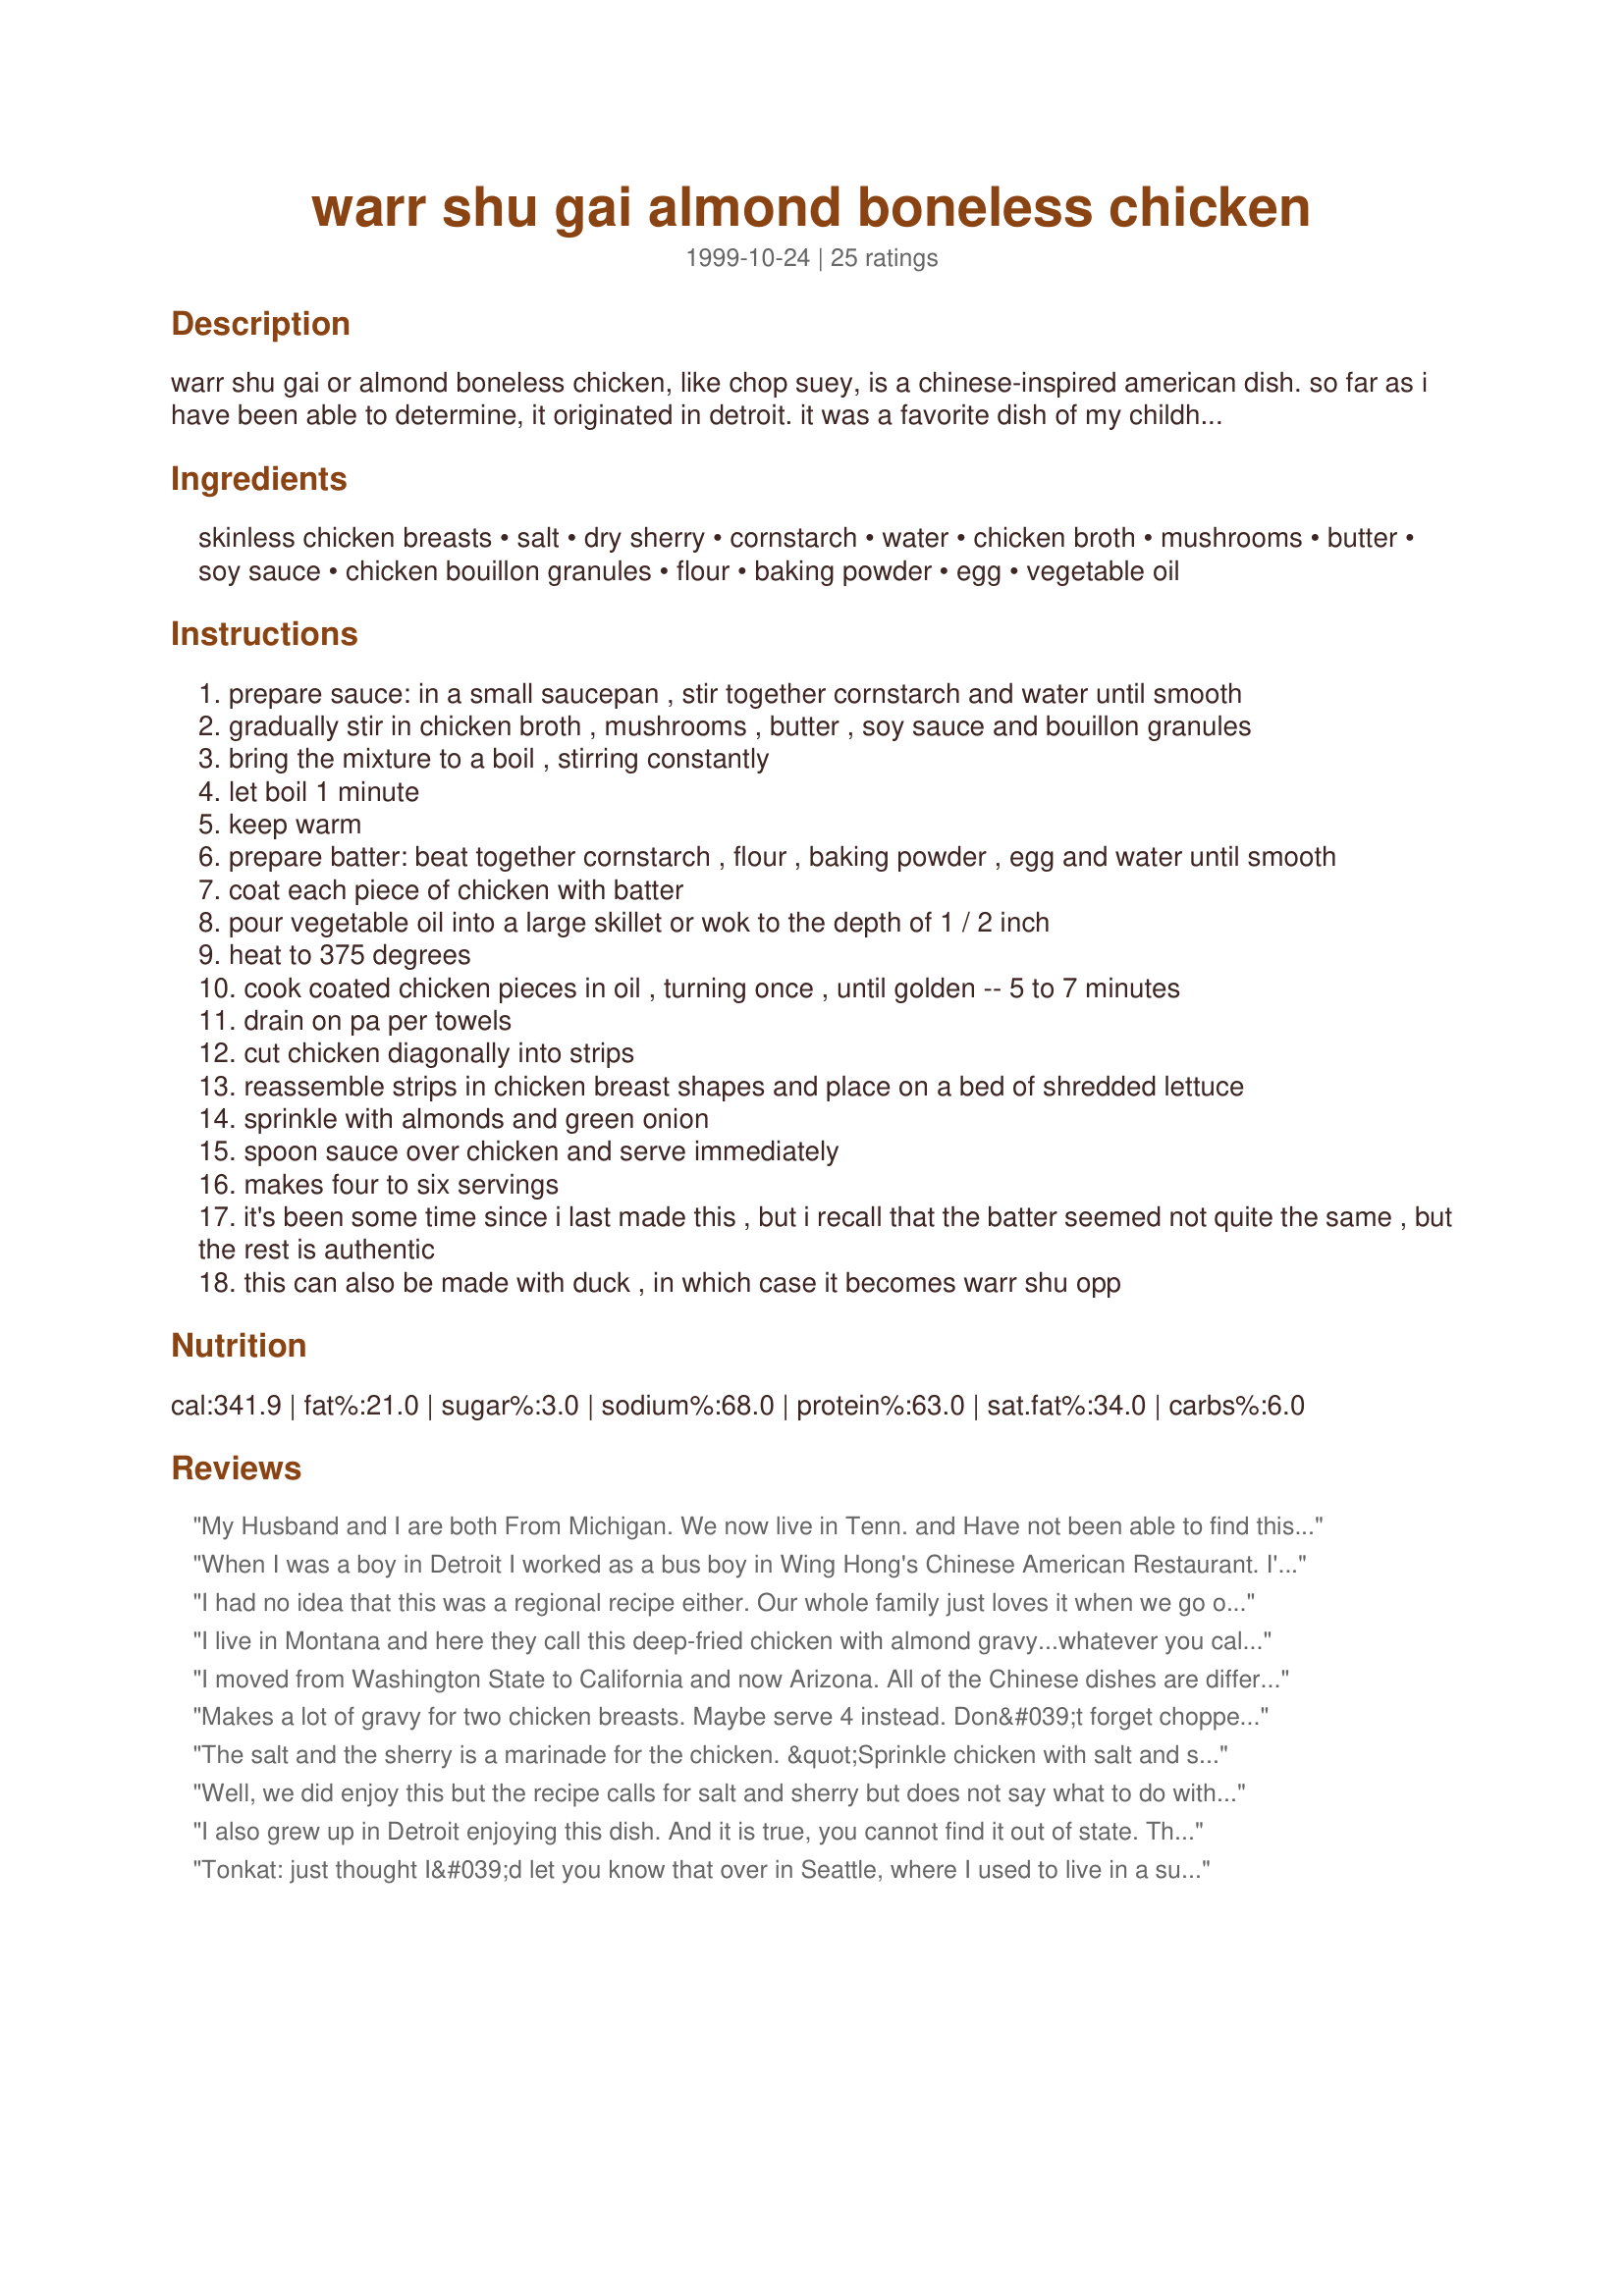
warr shu gai almond boneless chicken
Preparation time: 0 minutes

warr shu gai or almond boneless chicken, like chop suey, is a chinese-inspired american dish. so far as i have been able to determine, it originated in detroit. it was a favorite dish of my childhood there. every cantonese restaurant in the area serves it, but i've never been able to find it outside of michigan. descriptions of it to chinese restaurant personnel elsewhere have been met with blank stares.

Ingredients:
skinless chicken breasts, salt, dry sherry, cornstarch, water, chicken broth, mushrooms, butter, soy sauce, chicken bouillon granules, flour, baking powder, egg, vegetable oil

Steps:
prepare sauce: in a small saucepan , stir together cornstarch and water until smooth
gradually stir in chicken broth , mushrooms , butter , soy sauce and bouillon granules
bring the mixture to a boil , stirring constantly
let boil 1 minute
keep warm
prepare batter: beat together cornstarch , flour , baking powder , egg and water until smooth
coat each piece of chicken with batter
pour vegetable oil into a large skillet or wok to the depth of 1 / 2 inch
heat to 375 degrees
cook coated chicken pieces in oil , turning once , until golden -- 5 to 7 minutes
drain on pa per towels
cut chicken diagonally into strips
reassemble strips in chicken breast shapes and place on a bed of shredded lettuce
sprinkle with almonds and green onion
spoon sauce over chicken and serve immediately
makes four to six servings
it's been some time since i last made this , but i recall that the batter seemed not quite the same , but the rest is authentic
this can also be made with duck , in which case it becomes warr shu opp

Reviews:
My Husband and I are both From Michigan. We now live in Tenn. and Have not been able to find this sort of Almond chicken anywhere. Thanks so much for the recipe it is the closest thing we have found to it.We will be useing this in our kitchen regularly.Do you by chance have a good egg drop soup recipe?
When I was a boy in Detroit I worked as a bus boy in Wing Hong's Chinese American Restaurant. I'm sure Wingy is either very old or dead by this time but the cries of "War Sho GAI" still ring in my ears (along with our american response "wash your OWN guy!!") My first attempt at this receipe was ok but not completely successful, never the less the taste was what I remembered and that earns it a five. Be sure to use THIN cuts of boneless chicken so it fries up crisp. Too thick a piece makes the coating soggy and therefore less edible. This sauce will work best with rendered chicken fat. I save what renders out when I broil chicken for other receipes for just this kind of dish. Thanks for posting this Tonkcats. It was a wonderful addition to my cookbook.
I had no idea that this was a regional recipe either. Our whole family just loves it when we go out to eat. I made it last night and it was absolutely fabulous!!! I too left out the sherry and mushrooms. The sauce is dead on, but I can't quite figure out how to fix the batter so it's more like the restaurant version. I was thinking maybe it should have salt in it and omit the baking powder so it crisps up more like a fried chicken batter????
I live in Montana and here they call this deep-fried chicken with almond gravy...whatever you call it it's darn good! Thank you!
I moved from Washington State to California and now Arizona. All of the Chinese dishes are different. Almond chicken here and in Ca. is cubed chicken and vegetables with almonds. BBQ pork in Washington was pork tenderloin sliced thin with Chinese mustard. Here and in Cal. it is a reddish, fatty, ham like texture. I prefer the Chinese American Restaurants in Washington. Red Lotus in Auburn, WA was a family favorite when I was a kid. This is good but, I too, lightened up the batter by leaving out the baking powder and using club soda. More like a tempera batter and clear gravy with chopped almonds, no mushrooms.
Makes a lot of gravy for two chicken breasts. Maybe serve 4 instead.
Don&#039;t forget chopped scallions, makes all the difference.
The salt and the sherry is a marinade for the chicken. &quot;Sprinkle chicken with salt and sherry and marinate for 15 minutes.&quot;
I know it&#039;s not much liquid but that&#039;s the deal. It&#039;s explained in a somewhat similar recipe here: http://www.americanfoodroots.com/50-states/abcs-michigan-almond-boneless-chicken/
The best ABC in my city is only 5 minutes away so I don&#039;t have much motivation to make my own. Mean Chef&#039;s, General Tso&#039;s Chicken, on this site is better than what I can buy so I do make that.
Well, we did enjoy this but the recipe calls for salt and sherry but does not say what to do with it. I marinated the chicken in it. The chicken was moist and the sauce was very flavorful. I did not use the mushrooms. I was debating on the stars but the recipe is lacking in description. It would have been a five star if it explained the whole recipe. Thanks Tonkcats
I also grew up in Detroit enjoying this dish. And it is true, you cannot find it out of state. This is a recipe I have been hoping for since I moved away from Ann Arbor. Thanks for taking me home again! Hope Bill Woo's is still open! He would be proud.
Tonkat: just thought I&#039;d let you know that over in Seattle, where I used to live in a suburb called Ravenna/Lake City, there&#039;s a fantastic blast from the past called Ying&#039;s Chinese Food Drive In. When I lived there, they delivered THE best Almond Chicken with brown gravy you have ever tasted! I crave Ying&#039;s Almond Chicken from here in Honolulu some 20 years later! And more awesome is the fact they&#039;ve not changed a thing since back then: same signage, chairs, menu on the wall and polaroids of each dish, it&#039;s all like a time warp! Check out the picture from yelp: http://m.yelp.com/biz_photos/yings-drive-in-seattle?select=jly1qsp2YXJIs70_ds11Ng I know there are some bad reviews there, lol. But that chicken was tender white meat with the lightest dark brown crispy coating, covered with their ruch, saviry
This recipe is also served in Chinese Restaurants in Northeast Ohio and also Columbus, Ohio. It is great.
The whole family enjoyed this dish. I opted to use the mushrooms but 1 1/2 cups is a lot of mushrooms and sauce ended up being a mushroom sauce. The next time that I prepare this dish, I will try it without the mushrooms and compare.
Haven't tried to make this yet, so I can't rate it. I will try it though. I just wanted to let Tonkcat know that War Su Gai does exist in southwestern Ohio, both under that name and under Almond Boneless Chicken. I've had it with a variety of sauces...one very gravy-like, the rest more oriental in nature. It's a great dish. I'm anxious to try it at home.
I&#039;m really looking forward to trying this recipe. I&#039;ve been looking for a recipe for wor su gai for a long time. This is also a staple in Ohio. I&#039;ve never been able to duplicate the wonderful brown gravy. Here in northern OH it&#039;s also served with ice cold lettuce to enhance the hot chicken. It&#039;s covered in a brown sauce &amp; topped with chopped peanuts &amp; sliced green onion. Sauce sounds just what I&#039;m looking for, this was always served with fried rice at our restaurants here. Since I&#039;ve moved I&#039;m still finding wor su gai but it&#039;s served over bean sprouts and with a gelatinous yellow sauce that reminds me of lemon pudding. Can&#039;t wait to try this! Thanks Tonkats! Left 4 stars in anticipation!!
We enjoyed this recipe. We left out the mushrooms and did not miss them. We will definitely make this again. My son actually ate all of his chicken. That is a rave review.
Not 100% like I remember, but wasn't bad. After reading reviews I didn't use the baking powder. Also left out the mushrooms. Also, put 1/4 teaspoon of Almond Extract in the sauce. I used 2 TBS clubsoda in the batter (1 was not enough). Used peanut oil for frying. The directions didn't mention when to add the dry sherry, so I just included it in the peanut oil. Took about 7 mins each side to cook through. Was easy to put together, but will try other recipes.
I grew up in MI where I could get Almond Boneless Chicken at any Chinese restaurant I walked into. When I moved to NC I quickly learned that it was regional since no Chinese restaurant here knew what it was. This came in as a close second to the traditional Almond Boneless Chicken I can get at my favorite Chinese Restaurant. Thank you so much for posting it!
dredge ckn in pancake mix . found that recipe on bob allison site he is a detroiter who worked at local am radio stations . he has many old detroit restaurant recipes from back in the day . the sauce recipe here is better than the one he has listed . watch the size of ckn pces as it will double or triple in size .
I have been looking for a recipe similar to this for a long time. I live in Canada just across the river from Detroit, and our Chinese restaurants have served this as far back as I can remember. I haven't tried the recipe yet, but I am hopeful it is the one I have been looking for. I will rate and review it properly once I try it, but for now am giving it five stars in anticipation!
I made this several months ago, using duck breast. I followed the directions exactly, and it came out very much like our local restaurant used to fix, bit not quite. I'm going to fix it again this week and follow the &quot;club soda&quot; and peanut oil and almond extract. However, I'll keep the mushrooms, using fresh instead of canned to keep the moisture content low. This is one of my favorite ways to make duck breast. Yum!
This is definitely not something you can get in south Florida where I now live. I used to order this every week at my local Chinese restaurant, and still do whenever I visit Michigan.<br/>This recipe is good. The sauce is right on but the batter is wrong. First of all, forget the baking powder. Instead of using water, try clubsoda. It will give your chicken a crispier tempura like texture.Make sure the batter is on the thin side so that it dredges off easily. Use peanut oil or don't make this dish! Regular veg or corn oil cannot get hot enough to really crisp the chicken without setting off smoke alarms!<br/>Also, the sauce does require 1/4 teaspoon of real Almond Extract to give it the authentic restaurant flavor we Michiganders know and love. Forget the mushrooms. They just water down the gravy. Use Iceberg Lettuce. It is the coldest, crunchiest to offset the warmth of the chicken and gravy.<br/>I know this works because I experimented with this recipe until it was just like my favorite Chinese haunts in suburban Detroit.<br/>Also, change out the chicken for duck and make it Wor Su Opp!
I liked the chicken and the almonds were a delicious addition. However, I did not care for the sauce. I suppose that could just be my taste, but I was thinking that something a little sweeter would have been good. At any rate, it did make a nice midweek meal and I will explore other chicken and almond recipes.
they serve this here in neb too its one of my favorites instead of slicing almonds chop them fine we dont have the mushrooms here
I was looking for a recipe for Almond Chicken Soo Guy, and this was very close- I guess that's what we call it in Canada! It was very good, although I didn't have any homemade chicken stock, which would greatly improve the sauce. You could also adapt it to make Lemon Soo Guy with a lemon sauce instead of a gravy type sauce. A bit of work, but will definitely make it again
Being a fellow Michiganian, I thought the sauce was dead on!!!! Only complaint that was heard this evening was from my DH who actually fried the chicken, was maybe 2 eggs would have worked better. But we both agreed that when recipes are written, who knows what size of eggs are really used. And who knows if the same sizes are offered in the areas. Or, no offense to the momma chicks, but do they always lay the same sized eggs!!! LOL. Tonkcats, great recipe and we will be making over and over, well at least until the DS goes off to college!!!! LOL This is his favorite dish :o)
